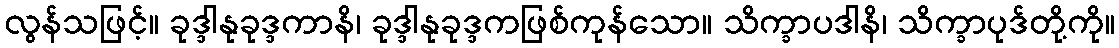
လွန်သဖြင့်။ ခုဒ္ဒါနုခုဒ္ဒကာနိ၊ ခုဒ္ဒါနုခုဒ္ဒကဖြစ်ကုန်သော။ သိက္ခာပဒါနိ၊ သိက္ခာပုဒ်တို့ကို။